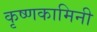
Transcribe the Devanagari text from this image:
कृष्णकामिनी